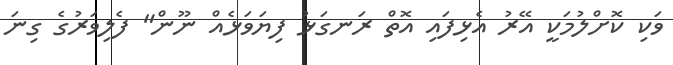
ވަކި ކޮށްލުމަކީ އޭރު އެޅިފައި އޮތް ރަނގަޅު ފިޔަވަޅެއް ނޫން" ފެލިވަރުގެ ގިނަ